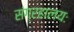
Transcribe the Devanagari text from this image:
संग्रहालयः